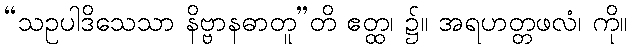
“သဥပါဒိသေသာ နိဗ္ဗာနဓာတူ”တိ ဧတ္ထ၊ ၌။ အရဟတ္တဖလံ၊ ကို။